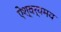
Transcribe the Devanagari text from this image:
ऐश्वर्यमय